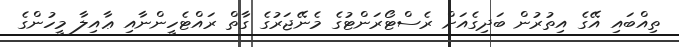
ތިއްބައި އޭގެ އިތުރުން ބަދިގެއަށް ރެސްޓޯރަންޓުގެ މެނޭޖަރުގެ ގާތް ރައްޓެހީންނާއި ޢާއިލާ މީހުންގެ